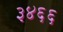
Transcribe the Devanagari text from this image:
३४६६